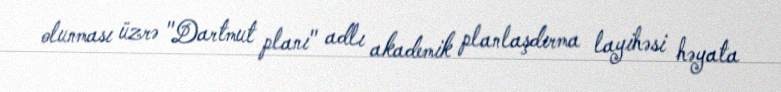
olunması üzrə "Dartmut planı" adlı akademik planlaşdırma layihəsi həyata